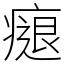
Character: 㾼